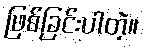
ဖြစ်ခြင်းပါတဲ့။